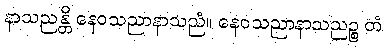
နာသညန္တိ နေဝသညာနာသညံ။ နေဝသညာနာသညဉ္စ တံ